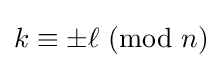
k\equiv \pm \ell \ (\mathrm {mod} \ n)